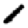
Digit: 1